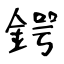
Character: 鍔